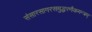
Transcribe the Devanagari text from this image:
संसारसागरसमुद्धरणैकमन्त्रम्